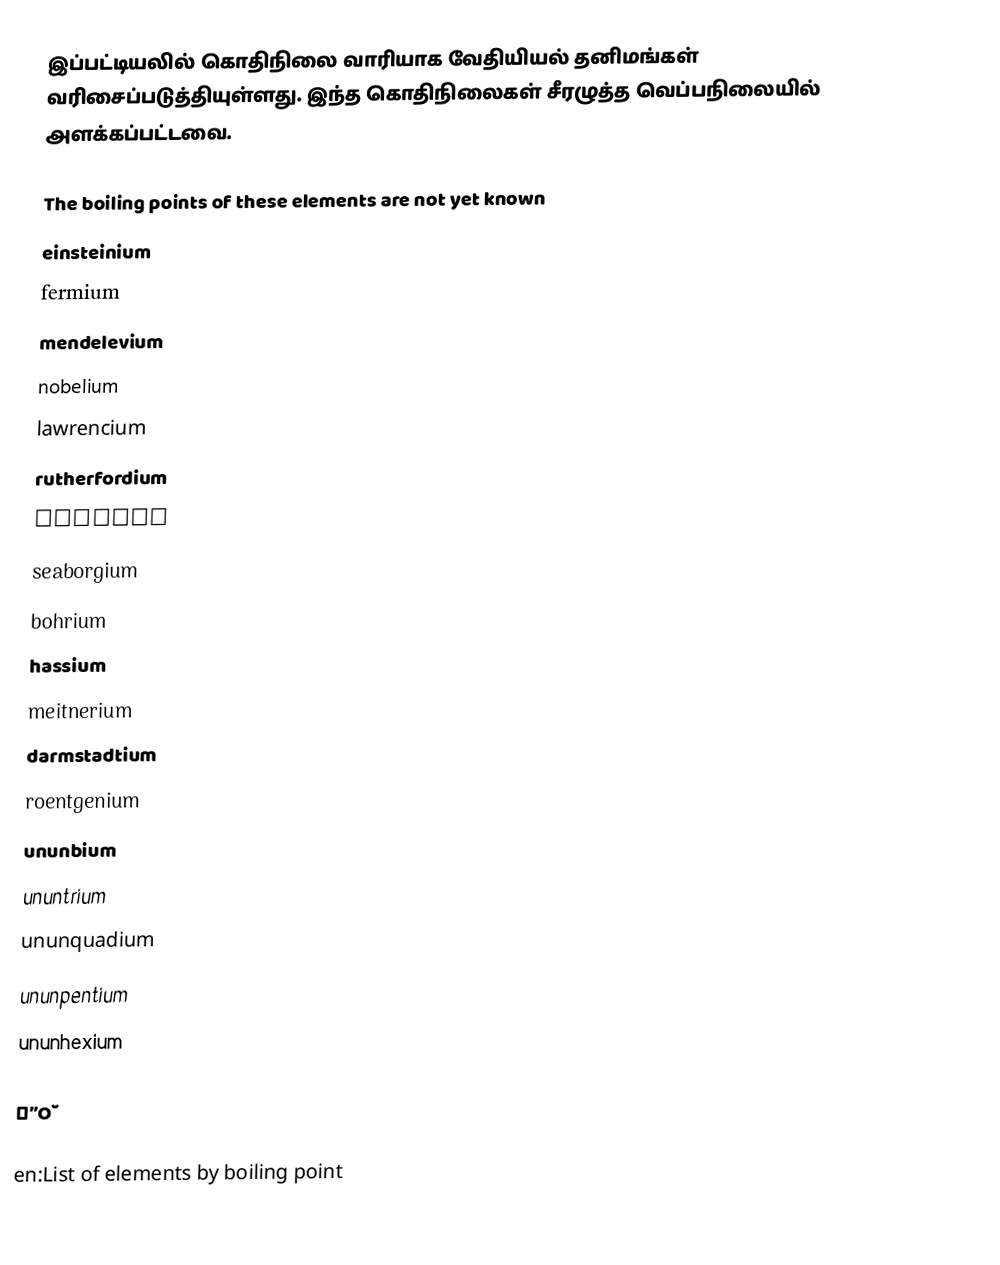
இப்பட்டியலில் கொதிநிலை வாரியாக வேதியியல் தனிமங்கள் வரிசைப்படுத்தியுள்ளது. இந்த கொதிநிலைகள்  சீரழுத்த வெப்பநிலையில் அளக்கப்பட்டவை.

The boiling points of these elements are not yet known
einsteinium
fermium
mendelevium
nobelium
lawrencium
rutherfordium
dubnium
seaborgium
bohrium
hassium
meitnerium
darmstadtium
roentgenium
ununbium
ununtrium
ununquadium
ununpentium
ununhexium

₩”Ŏ

en:List of elements by boiling point